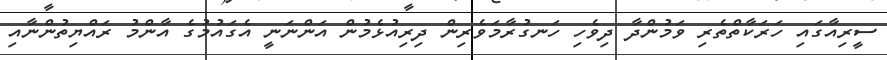
ސީރިއާގައި ހަރަކާތްތެރި ވަމުންދާ ދިވެހި ހަނގުރާމަވެރިން ދިރިއުޅެމުން އަންނަނީ އެގައުމުގެ އާންމު ރައްޔިތުންނާއި